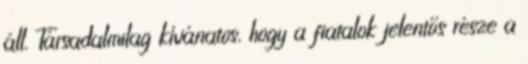
áll. Társadalmilag kívánatos, hogy a fiatalok jelentős része a